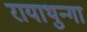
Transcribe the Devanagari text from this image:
रायाथुन्गा